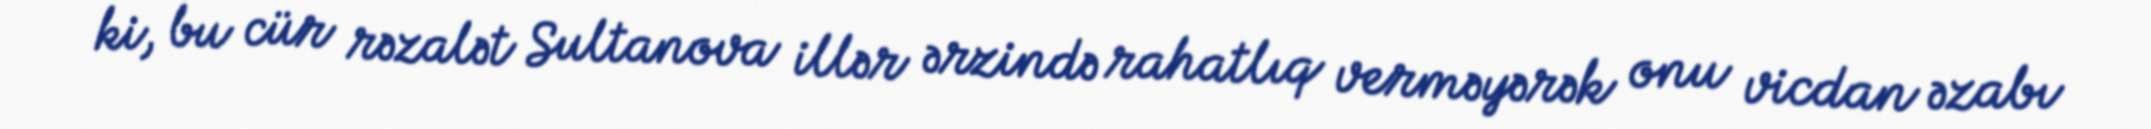
ki, bu cür rəzalət Sultanova illər ərzində rahatlıq verməyərək onu vicdan əzabı